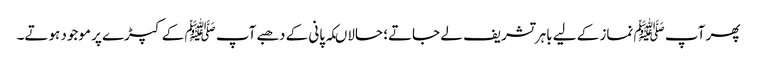
پھر آپ ﷺ نماز کے لیے باہر تشریف لے جاتے؛ حالاںکہ پانی کے دھبے آپ ﷺ کے کپڑے پر موجود ہوتے۔